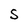
Character: S